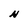
Character: N